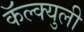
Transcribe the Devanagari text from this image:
कॅल्क्युली